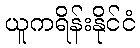
ယူကရိန်းနိုင်ငံ